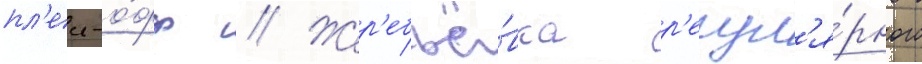
пл'еи-о́фф // Жер'ебьё́вка р'егул'я́рного